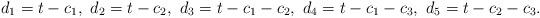
LaTeX: \begin{align*}d_1=t-c_1,\ d_2=t-c_2,\ d_3=t-c_1-c_2,\ d_4=t-c_1-c_3,\ d_5=t-c_2-c_3.\end{align*}